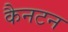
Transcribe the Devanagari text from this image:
कैनटन